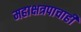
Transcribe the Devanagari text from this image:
महाक्षत्रपाचाही